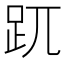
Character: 𧿁